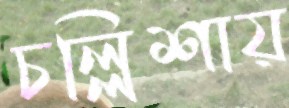
চল্লিশায়